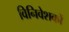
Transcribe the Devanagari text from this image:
विनिवेशकों